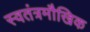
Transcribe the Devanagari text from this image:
स्वतंत्रमौखिक